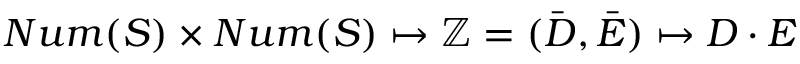
N u m ( S ) \times N u m ( S ) \mapsto \mathbb { Z } = ( { \bar { D } } , { \bar { E } } ) \mapsto D \cdot E